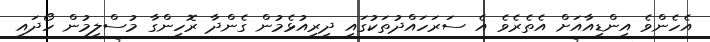
އެހެންވެ އިންޑިއާއަށް އެތެރެވެ އެ ސަރަހައްދުތަކުގައި ދިރިއުޅެމުން ގެންދާ ރޮހިންގާ މުސްލިމުން ހޯދައި